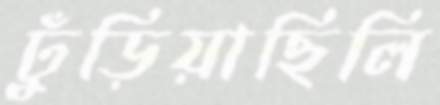
ঢুঁড়িয়াছিলি